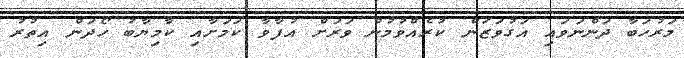
މަރުހަބާ ދަންނަވައި އަގުވަޒަން ކުރެއްވުމުން ވަރަށް އުފާވާ ކަމަށާއި ކާމިޔާބު ހޯދަން އިތުރު